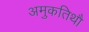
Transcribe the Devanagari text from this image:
अमुकतिथौ